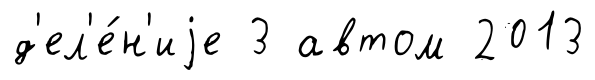
д'ел'е́н'иjе 3 автом 2013